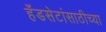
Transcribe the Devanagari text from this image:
हँडसेटांसाठीच्या